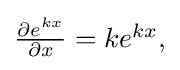
{\textstyle {\frac {\partial e^{kx}}{\partial x}}=ke^{kx},}